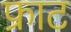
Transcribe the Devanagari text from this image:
फ्राट